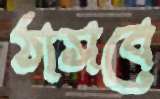
ঠাসবে